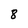
Character: 8